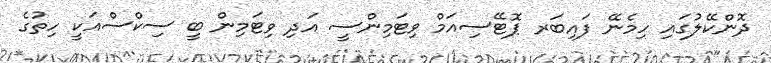
ދޮންކޭލުގައި ހިމެނޭ ފައިބަރ ޕޮޓޭސިއަމް ވިޓަމިންސީ އަދި ވިޓަމިން ބީ ސިކްސްއަކީ ހިތުގެ